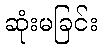
ဆုံးမခြင်း